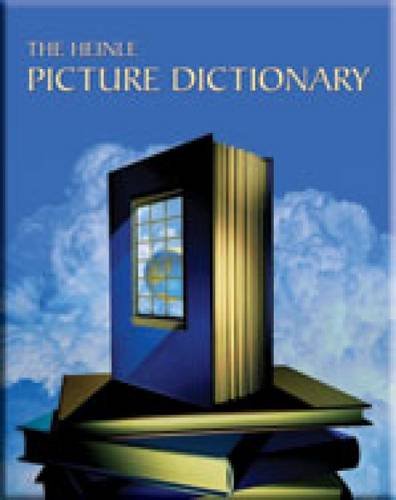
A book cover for The Heinle Picture Dictionary Beginning Workbook (Book & CDs); Barbara H. Foley; Reference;